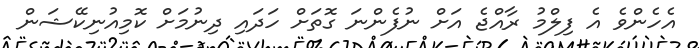
އެހެންވެ އެ ފިލްމު ރާއްޖެ އަށް ނުފެންނަ ގޮތަށް ހަދައި ދިނުމަށް ކޮމިއުނިކޭޝަން